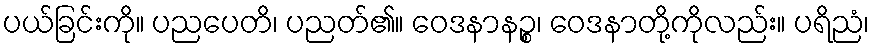
ပယ်ခြင်းကို။ ပညပေတိ၊ ပညတ်၏။ ဝေဒနာနဉ္စ၊ ဝေဒနာတို့ကိုလည်း။ ပရိညံ၊